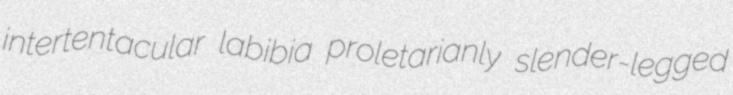
intertentacular labibia proletarianly slender-legged